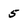
Character: 5